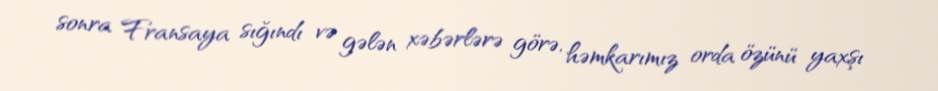
sonra Fransaya sığındı və gələn xəbərlərə görə, həmkarımız orda özünü yaxşı